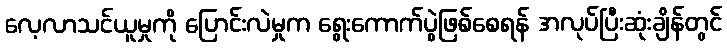
လေ့လာသင်ယူမှုကို ပြောင်းလဲမှုက ရွေးကောက်ပွဲဖြစ်စေရန် အလုပ်ပြီးဆုံးချိန်တွင်